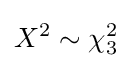
X^{2}\sim \chi _{3}^{2}